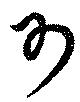
可